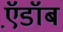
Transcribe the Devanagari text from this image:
ऍ़डॉब